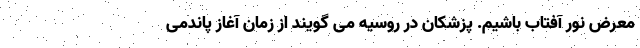
معرض نور آفتاب باشیم. پزشکان در روسیه می گویند از زمان آغاز پاندمی